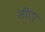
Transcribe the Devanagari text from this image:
सीएए